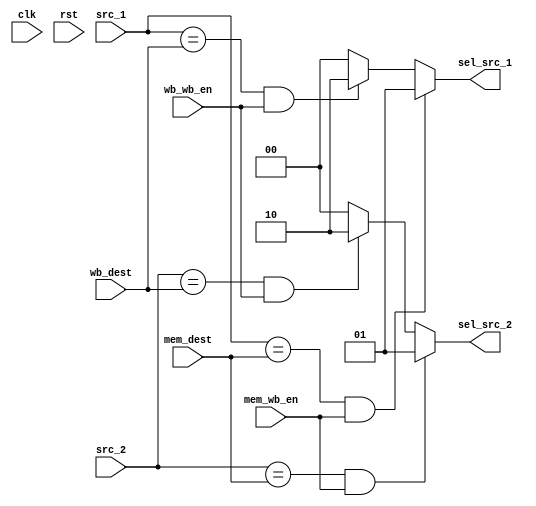
module ForwardingUnit (
  input            clk,
  input            rst,
  
  // From Executaion Stage
  input [3:0]      src_1,
  input [3:0]      src_2,
  
  // From Memory Stage
  input            mem_wb_en,
  input [3:0]      mem_dest,
  
  // From Write Back Stage
  input            wb_wb_en,
  input [3:0]      wb_dest,
  
  output reg [1:0] sel_src_1,
  output reg [1:0] sel_src_2
  );

  always @ (src_1, src_2, mem_dest, mem_wb_en, wb_dest, wb_wb_en) begin
    if ((src_1 == mem_dest) && (mem_wb_en)) sel_src_1 = 2'b01;
    else if ((src_1 == wb_dest) && (wb_wb_en)) sel_src_1 = 2'b10;
    else sel_src_1 = 2'b00;
      
    if ((src_2 == mem_dest) && (mem_wb_en)) sel_src_2 = 2'b01;
    else if ((src_2 == wb_dest) && (wb_wb_en)) sel_src_2 = 2'b10;
    else sel_src_2 = 2'b00;
  end
  
endmodule